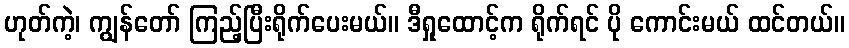
ဟုတ်ကဲ့၊ ကျွန်တော် ကြည့်ပြီးရိုက်ပေးမယ်။ ဒီရှုထောင့်က ရိုက်ရင် ပို ကောင်းမယ် ထင်တယ်။